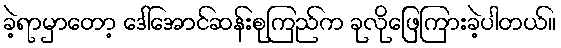
ခဲ့ရာမှာတော့ ဒေါ်အောင်ဆန်းစုကြည်က ခုလိုဖြေကြားခဲ့ပါတယ်။